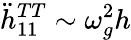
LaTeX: \ddot{h}_{11}^{TT}\sim\omega_{g}^{2}h